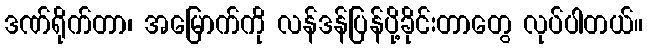
ဒဏ်ရိုက်တာ၊ အမြောက်ကို လန်ဒန်ပြန်ပို့ခိုင်းတာတွေ လုပ်ပါတယ်။